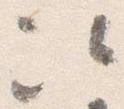
次